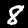
Digit: 8